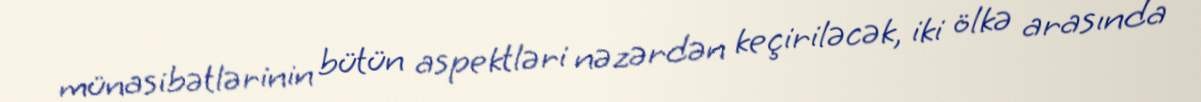
münasibətlərinin bütün aspektləri nəzərdən keçiriləcək, iki ölkə arasında